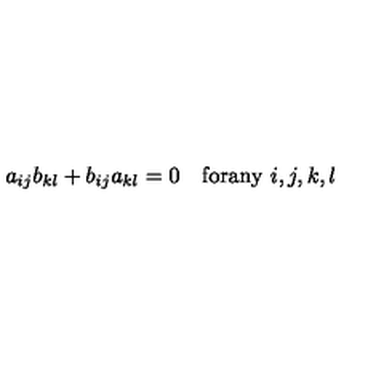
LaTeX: a _ { i j } b _ { k l } + b _ { i j } a _ { k l } = 0 \quad \mathrm { f o r a n y } \ i , j , k , l